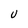
Character: U